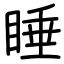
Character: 睡